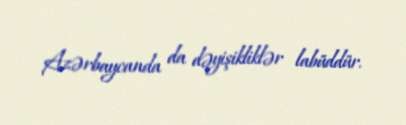
Azərbaycanda da dəyişikliklər labüddür.